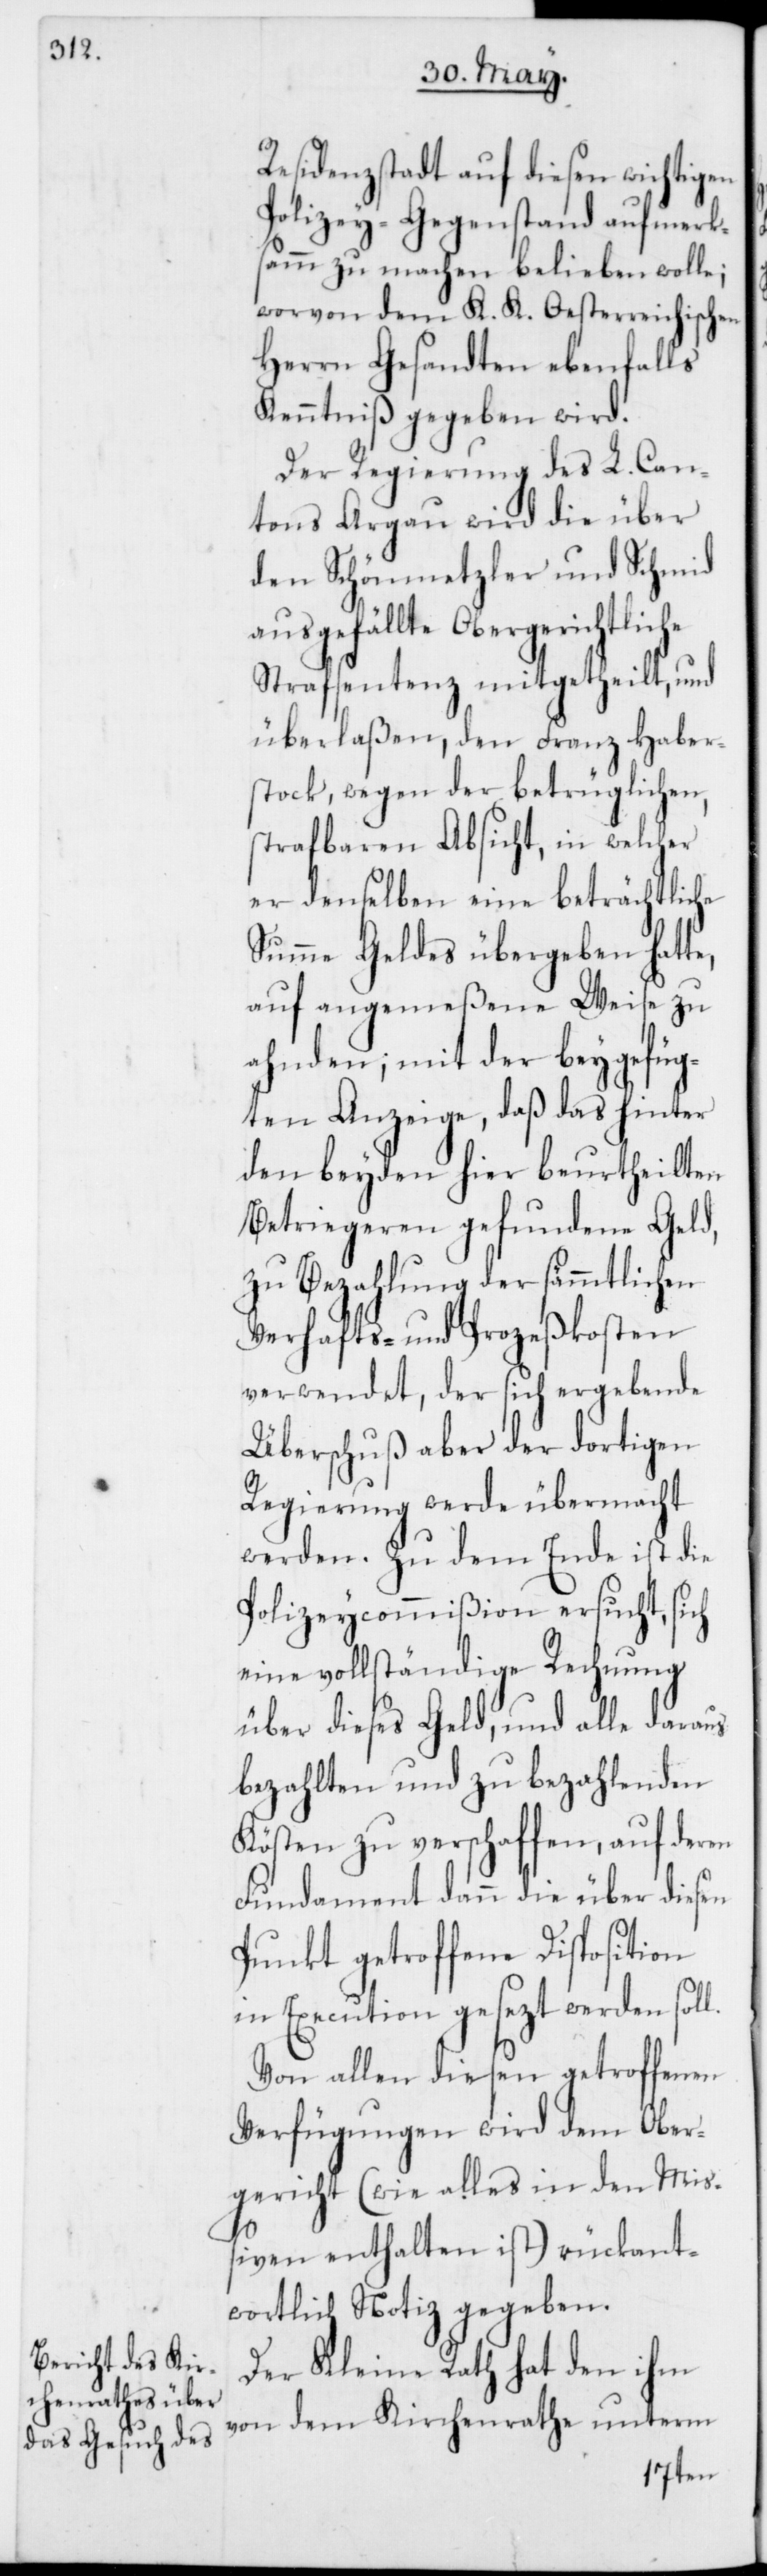
Residenzstadt auf diesen wichtigen
Polizey-Gegenstand aufmerk¬
samm zu machen belieben wolle;
worvon dem K. K. Oesterreichischen
Herrn Gesandten ebenfalls
Kenntniß gegeben wird.
Der Regierung des L. Can¬
tons Argau wird die über
den Schönmetzler und Schmid
ausgefällte Obergerichtliche
Strafsentenz mitgetheilt, und
überlaßen, den Franz Haber¬
stock, wegen der betrüglichen,
strafbaren Absicht, in welcher
er denselben eine beträchtliche
Summe Geldes übergeben hatte,
auf angemeßene Weise zu
ahnden; mit der beygefüg¬
ten Anzeige, daß das hinter
den beyden hier beurtheilten
Betriegeren gefundene Geld,
zu Bezahlung der sämmtlichen
Verhafts- und Prozeßkosten
verwendet, der sich ergebende
Überschuß aber der dortigen
Regierung werde übermacht
werden. Zu dem Ende ist die
Polizeycommißion ersucht, sich
eine vollständige Rechnung
über dieses Geld, und alle daraus
bezahlten und zu bezahlenden
Kösten zu verschaffen, auf deren
Fundament dann die über diesen
Punkt getroffene Disposition
in Execution gesezt werden soll.
Von allen diesen getroffenen
Verfügungen wird dem Ober¬
gericht (wie alles in den Miß¬
iven enthalten ist) rückant¬
wortlich Notiz gegeben.
Der Kleine Rath hat den ihm
von dem Kirchenrathe unterm